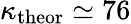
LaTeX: \kappa_{\mathrm{theor}}\simeq 76